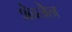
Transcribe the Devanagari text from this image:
शेन्जेन